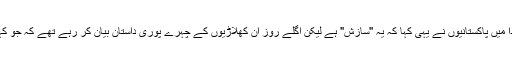
ہر بڑے اسکینڈل کی طرح ابتدا میں پاکستانیوں نے یہی کہا کہ یہ "سازش" ہے لیکن اگلے روز ان کھلاڑیوں کے چہرے پوری داستان بیان کر رہے تھے کہ جو کہا جا رہا ہے وہ بالکل سچ ہے۔